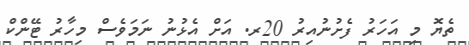
ތެޔޮ މި އަހަރު ފެށުނުއިރު 20ރ. އަށް އެޅުނު ނަމަވެސް މިހާރު ޓޭންކް